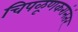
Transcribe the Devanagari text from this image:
चिपळूणकरांनंतर